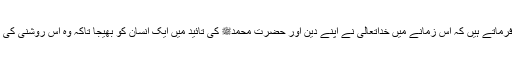
حضرت مسیح موعود ؑ فرماتے ہیں کہ اس زمانے میں خداتعالیٰ نے اپنے دین اور حضرت محمدﷺ کی تائید میں ایک انسان کو بھیجا تاکہ وہ اس روشنی کی طرف لوگوں کو بلائے۔